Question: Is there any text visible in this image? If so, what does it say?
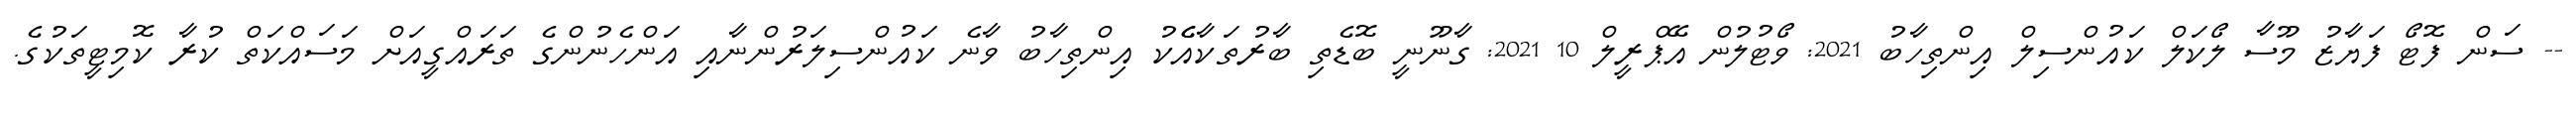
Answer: -- ސަން ފޮޓޯ ފަޔާޒު މޫސާ ލޯކަލް ކައުންސިލް އިންތިހާބު 2021: ވޯޓުލުން އޭޕްރީލް 10 2021: ގާނޫނީ ބޮޑެތި ބާރުތަކާއެެކު އިންތިހާބު ވާނެ ކައުންސިލަރުންނާއި އަންހެނުންގެ ތަރައްގީއަށް މަސައްކަތް ކުރާ ކޮމިޓީތަކުގެ.